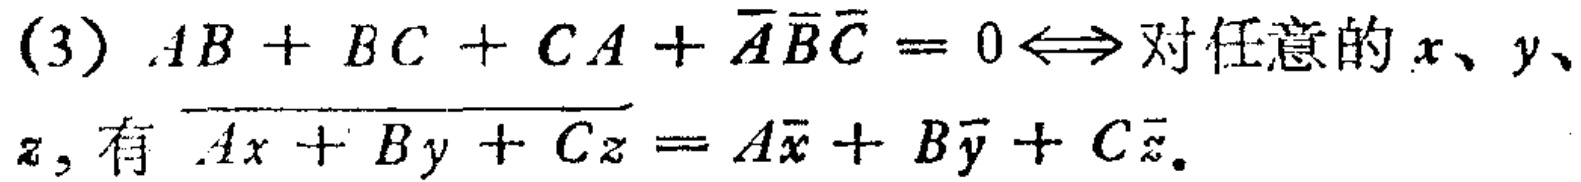
(3) \(AB + BC + CA+\overline{A}\overline{B}\overline{C}=0\Leftrightarrow\)对任意的\(x\)、\(y\)、\(z\)，有\(\overline{Ax + By + Cz}=A\overline{x}+B\overline{y}+C\overline{z}\)。